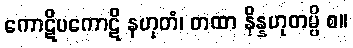
ကောဋိပကောဋိ နဟုတံ၊ တထာ နိန္နဟုတမ္ပိ စ။